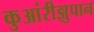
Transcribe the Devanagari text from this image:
कुआंरीझुपान